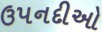
ઉપનદીઓ